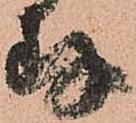
存